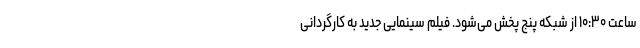
ساعت ۱۰:۳۰ از شبکه پنج پخش می‌شود. فیلم سینمایی جدید به کارگردانی